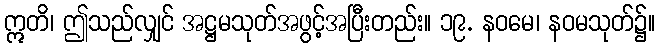
ဣတိ၊ ဤသည်လျှင် အဋ္ဌမသုတ်အဖွင့်အပြီးတည်း။ ၁၉. နဝမေ၊ နဝမသုတ်၌။